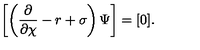
\left[ \left( \frac { \partial } { \partial \chi } - r + \sigma \right) \Psi \right] = [ 0 ] .